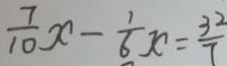
\frac { 7 } { 1 0 } x - \frac { 1 } { 6 } x = \frac { 3 2 } { 7 }